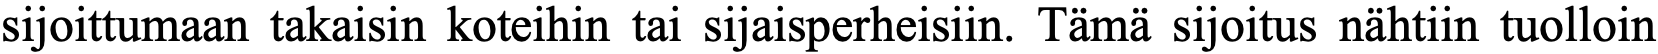
sijoittumaan takaisin koteihin tai sijaisperheisiin. Tämä sijoitus nähtiin tuolloin